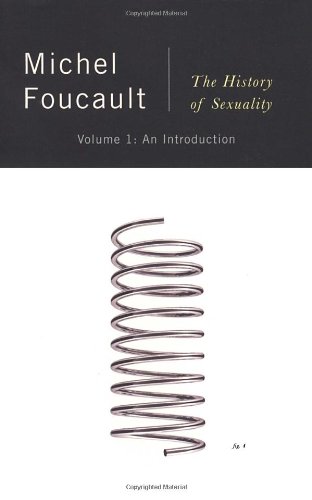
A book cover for The History of Sexuality, Vol. 1: An Introduction; Michel Foucault; Gay & Lesbian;